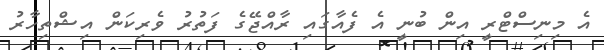
އެ މިނިސްޓްރީ އިން ބުނީ އެ ފެއާގައި ރާއްޖޭގެ ފަތުރު ވެރިކަން އިޝްތިހާރު